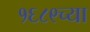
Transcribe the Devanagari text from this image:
१६८९च्या